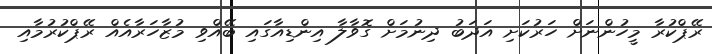
ރޭޕްކުރާ މީހުންނަށް ހަރުކަށި އަދަބު ދިނުމަށް ގޮވާލާ އިންޑިއާގައި ބޭއްވި މުޒާހަރާއެއް ރޭޕްކުރުމާއި